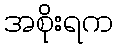
အစိုးရက